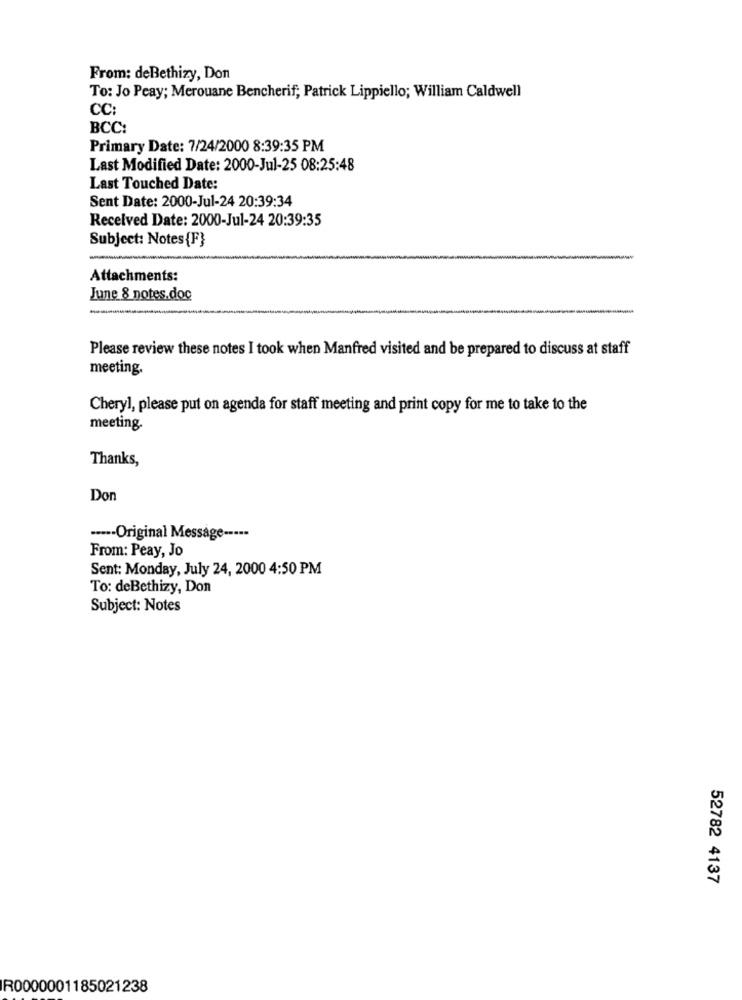
From: deBethizy, Don
To: Jo Peay; Merouane Bencherif; Patrick Lippiello; William Caldwell
CC:
BCC:
Primary Date: 7/24/2000 8:39:35 PM
Last Modified Date: 2000-Jul-25 08:25:48
Last Touched Date:
Sent Date: 2000-Jul-24 20:39:34
Received Date: 2000-Jul-24 20:39:35
Subject: Notes {F}
Attachments:
June 8 notes.doc
-
Please review these notes I took when Manfred visited and be prepared to discuss at staff
meeting.
Cheryl, please put on agenda for staff meeting and print copy for me to take to the
meeting.
Thanks,
Don
····- Original Message -----
From: Peay, Jo
Sent: Monday, July 24, 2000 4:50 PM
To: deBethizy, Don
Subject: Notes
52782 4137
R0000001185021238